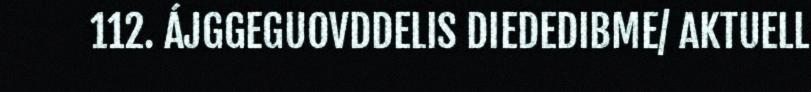
112. ÁJGGEGUOVDDELIS DIEDEDIBME/ AKTUELL